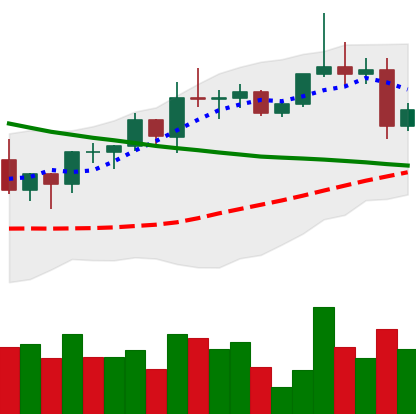
Ticker: XRP-USD
Chart end date: 2022-04-01
Forward return: -8.025%
Label: down_7plus